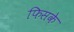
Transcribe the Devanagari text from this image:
फिसके